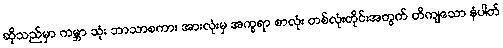
ဆိုသည်မှာ ကမ္ဘာ သုံး ဘာသာစကား အားလုံးမှ အက္ခရာ စာလုံး တစ်လုံးတိုင်းအတွက် တိကျသော နံပါတ်